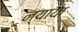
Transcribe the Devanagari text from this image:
न्याया